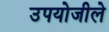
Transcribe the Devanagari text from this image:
उपयोजीले